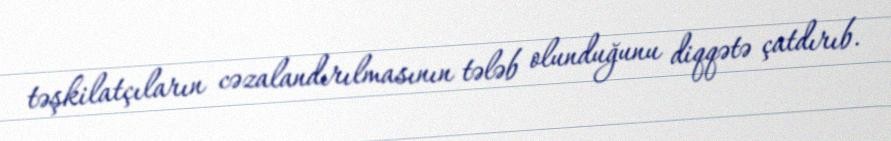
təşkilatçıların cəzalandırılmasının tələb olunduğunu diqqətə çatdırıb.